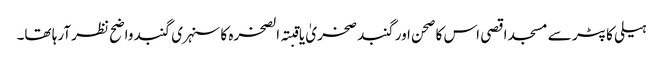
ہیلی کاپٹر سے مسجد اقصی اس کا صحن اور گنبد صخریٰ یا قبتہ الصخرہ کا سنہری گنبد واضح نظر آرہا تھا۔